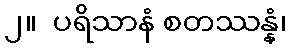
၂။  ပရိသာနံ စတဿန္နံ၊